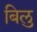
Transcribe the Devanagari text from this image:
बिलु